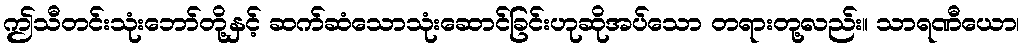
ဤသီတင်းသုံးဘော်တို့နှင့် ဆက်ဆံသောသုံးဆောင်ခြင်းဟုဆိုအပ်သော တရားတု့လည်း။ သာရဏီယော၊